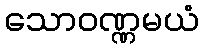
သောဝဏ္ဏမယံ